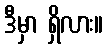
ဒီမှာ ရှိလား။